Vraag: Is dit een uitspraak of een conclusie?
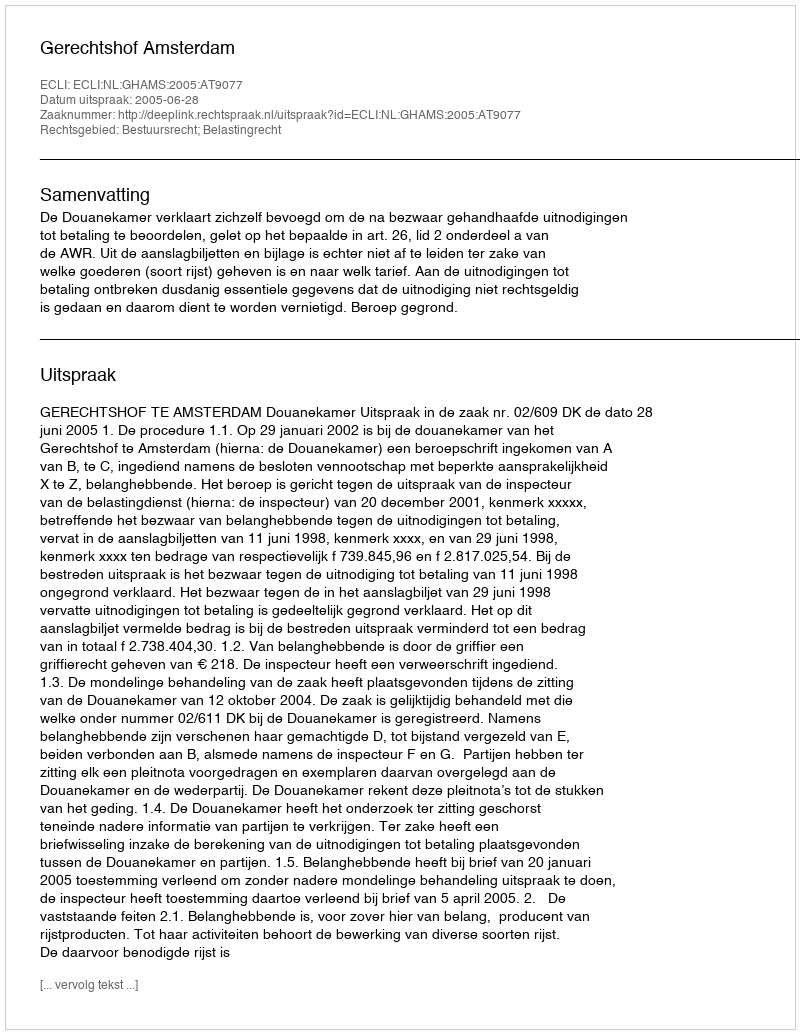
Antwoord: Uitspraak